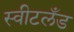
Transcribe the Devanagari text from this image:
स्वीटलँड